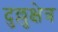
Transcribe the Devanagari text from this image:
दुल्लुक्षेत्र